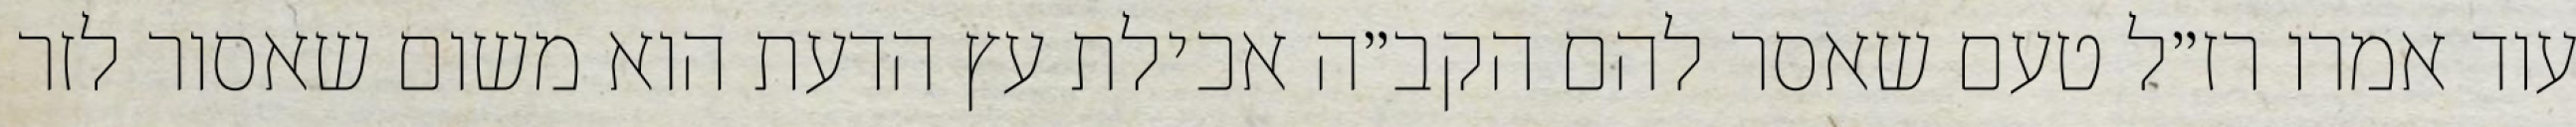
עוד אמרו רז״ל טעם שאסר להם הקב״ה אכילת עץ הדעת הוא משום שאסור לזר